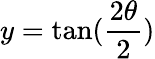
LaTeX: y=\textrm{tan}(\frac{2\theta}{2})